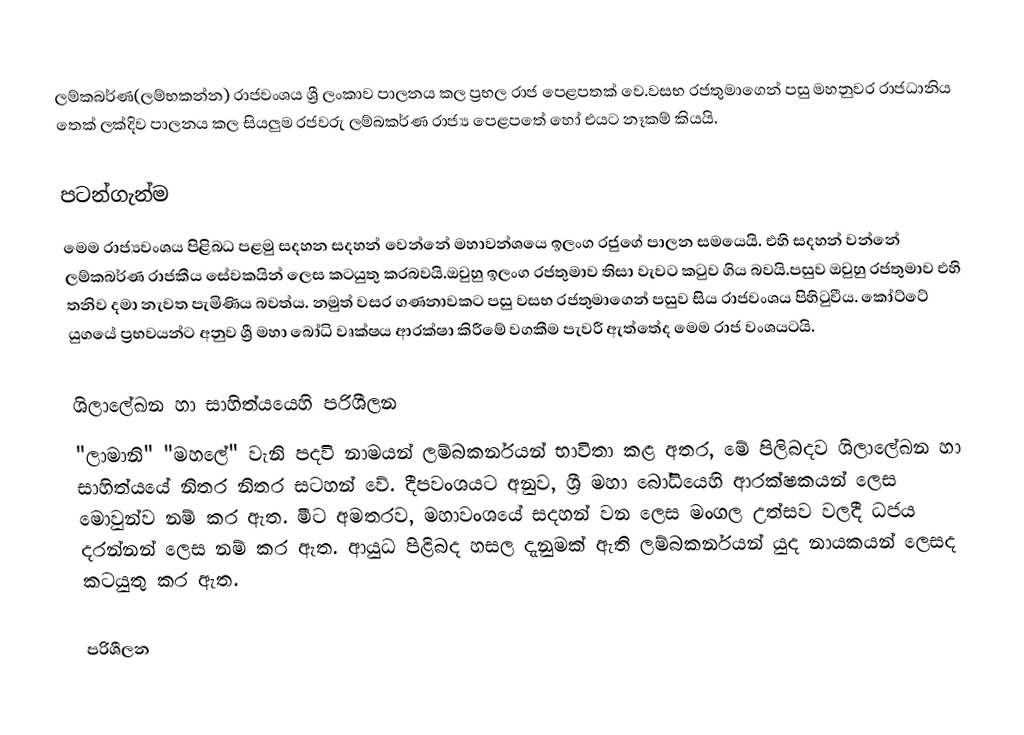
ලම්කබර්ණ(ලම්භකන්න) රාජවංශය ශ්‍රී ලංකාව පාලනය කල ප්‍රභල රාජ පෙළපතක් වෙ.වසභ රජතුමාගෙන් පසු මහනුවර රාජධානිය තෙක් ලක්දිව පාලනය කල සියලුම රජවරු ලම්බකර්ණ රාජ්‍ය පෙළපතේ හෝ එයට නෑකම් කියයි.

පටන්ගැන්ම
මෙම රාජ්‍යවංශය පිළිබධ පළමු සදහන සදහන් වෙන්නේ මහාවන්ශයෙ ඉලංග රජුගේ පාලන සමයෙයි. එහි සදහන් වන්නේ ලම්කබර්ණ රාජකීය සේවකයින් ලෙස කටයුතු කරබවයි.ඔවුහු ඉලංග රජතුමාව තිසා වැවට කටුව ගිය බවයි.පසුව ඔවුහු රජතුමාව එහි තනිව දමා නැවත පැමිණිය බවත්ය. නමුත් වසර ගණනාවකට පසු වසභ රජතුමාගෙන් පසුව සිය රාජවංශය පිහිටුවීය. කෝට්ටේ යුගයේ ප්‍රභවයන්ට අනුව ශ්‍රී මහා බෝධි වෘක්ෂය ආරක්ෂා කිරීමේ වගකීම පැවරී ඇත්තේද මෙම රාජ වංශයටයි.

ශිලාලේඛන හා සාහිත්යයෙහි පරිශීලන
"ලාමානි" "මහලේ" වැනි පදවි නාමයන් ලම්බකර්නයන් භාවිතා කළ අතර, මේ පිලිබදව ශිලාලේඛන හා සාහිත්යයේ නිතර නිතර සටහන් වේ. දීපවංශයට අනුව, ශ්‍රී මහා බෝධියෙහි ආරක්ෂකයන් ලෙස මොවුන්ව නම් කර ඇත. මීට අමතරව, මහාවංශයේ සදහන් වන ලෙස මංගල උත්සව වලදී  ධජය දරන්නන් ලෙස නම් කර ඇත. ආයුධ පිළිබද හසල දැනුමක් ඇති ලම්බකර්නයන් යුද නායකයන් ලෙසද කටයුතු කර ඇත.

පරිශීලන